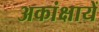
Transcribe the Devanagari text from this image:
अकांक्षायें